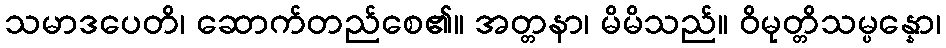
သမာဒပေတိ၊ ဆောက်တည်စေ၏။ အတ္တနာ၊ မိမိသည်။ ဝိမုတ္တိသမ္ပန္နော၊